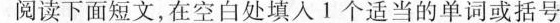
阅读下面短文,在空白处填入1个适当的单词或括号